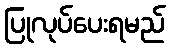
ပြုလုပ်ပေးရမည်